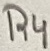
Text: R4